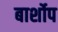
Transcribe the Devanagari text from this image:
बार्शोप